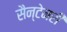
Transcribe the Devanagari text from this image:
सैन्टेनरी